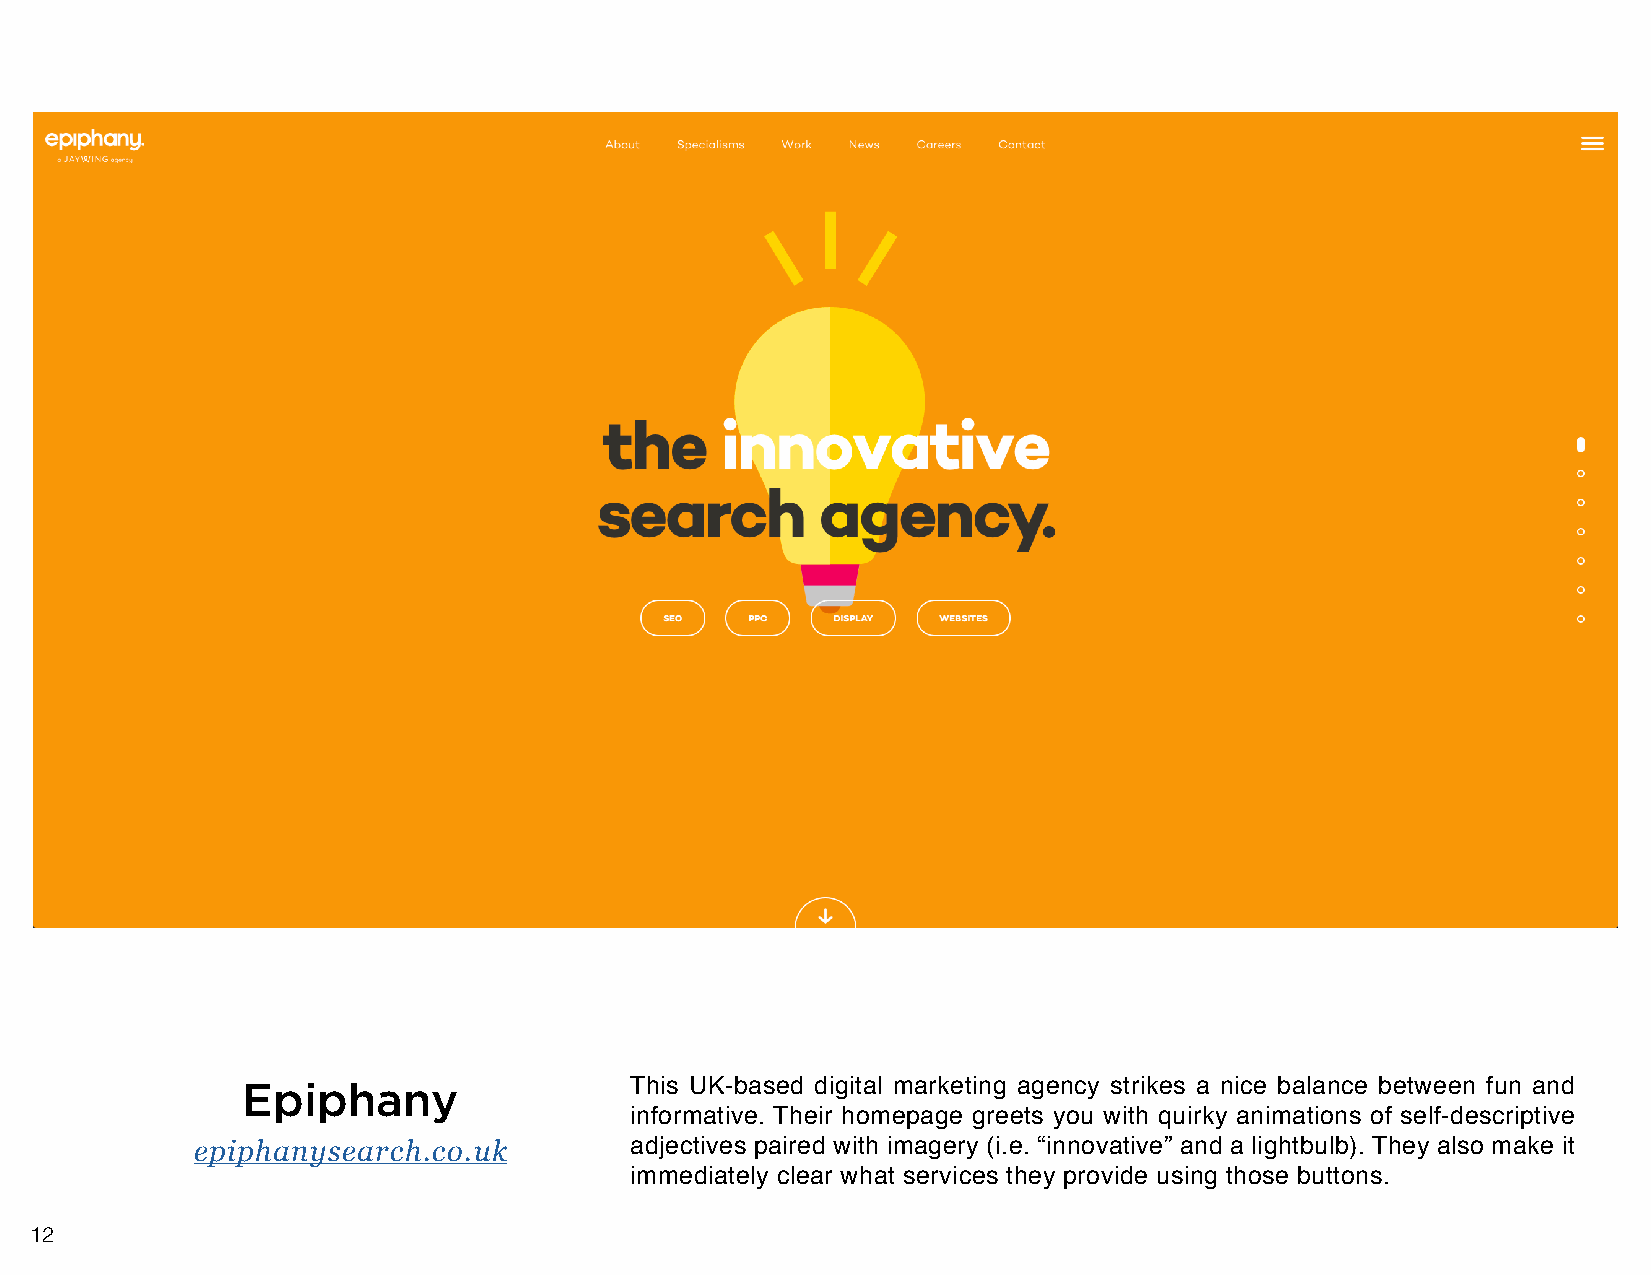
Epiphany                  This UK-based digital marketing agency strikes a nice balance between fun and
 informative. Their homepage greets you with quirky animations of self-descriptive
 epiphanysearch.co.uk         adjectives paired with imagery (i.e. “innovative” and a lightbulb). They also make it
 immediately clear what services they provide using those buttons.
 12